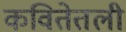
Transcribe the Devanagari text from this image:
कवितेतली